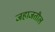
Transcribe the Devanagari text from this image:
जहाजतील